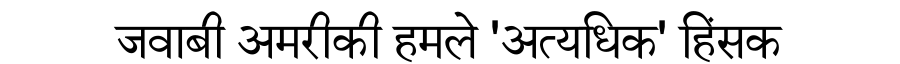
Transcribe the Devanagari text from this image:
जवाबी अमरीकी हमले 'अत्यधिक' हिंसक